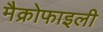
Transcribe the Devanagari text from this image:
मैक्रोफाइली